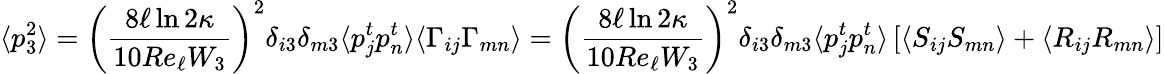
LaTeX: \langle p_{3}^{2}\rangle=\left(\frac{8\ell\ln{2\kappa}}{10Re_{\ell}W_{3}}\right)^{2}\delta_{i3}\delta_{m3}\langle p_{j}^{t}p_{n}^{t}\rangle\langle\Gamma_{ij}\Gamma_{mn}\rangle=\left(\frac{8\ell\ln{2\kappa}}{10Re_{\ell}W_{3}}\right)^{2}\delta_{i3}\delta_{m3}\langle p_{j}^{t}p_{n}^{t}\rangle\left[\langle S_{ij}S_{mn}\rangle+\langle R_{ij}R_{mn}\rangle\right]